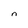
Character: n